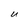
Character: U